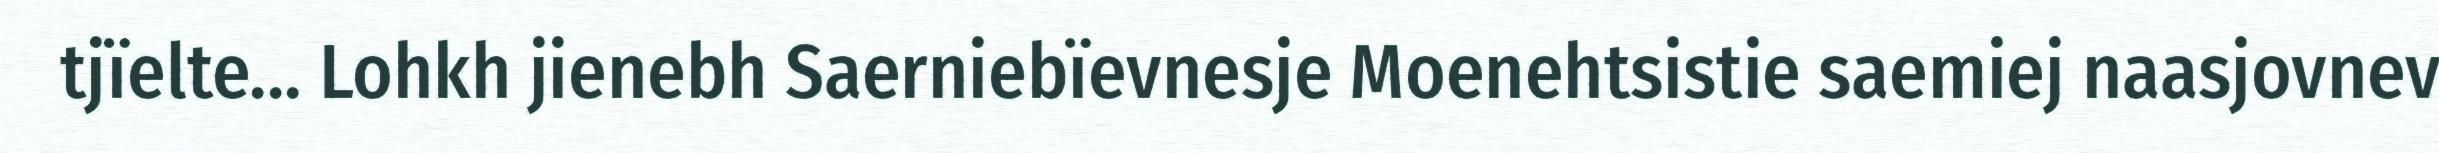
tjïelte... Lohkh jienebh Saerniebïevnesje Moenehtsistie saemiej naasjovnev